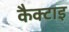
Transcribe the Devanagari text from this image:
कैक्टाइ